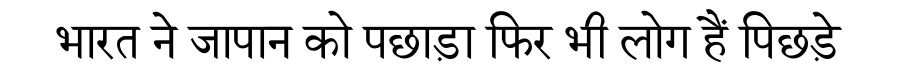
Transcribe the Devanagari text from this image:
भारत ने जापान को पछाड़ा फिर भी लोग हैं पिछड़े